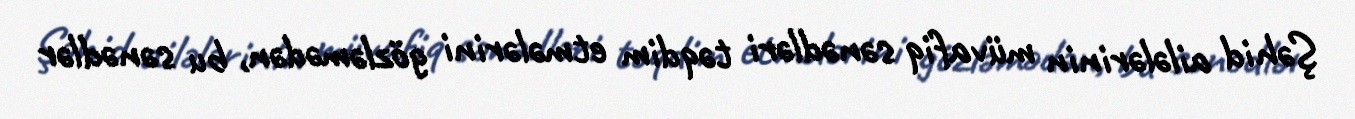
Şəhid ailələrinin müvafiq sənədləri təqdim etmələrini gözləmədən, bu sənədlər